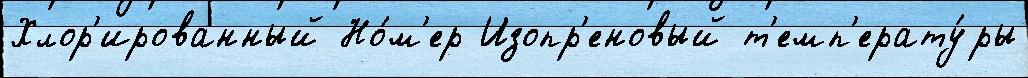
Хлор'ированный Но́м'ер Изопр'еновый т'емп'ерату́ры